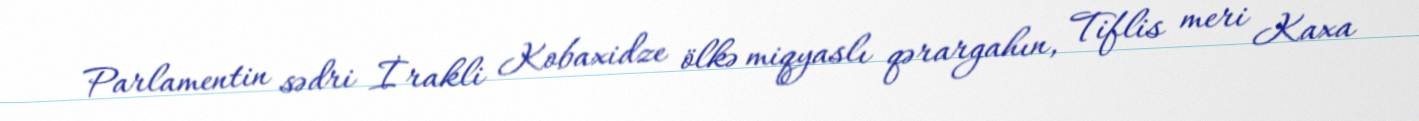
Parlamentin sədri İrakli Kobaxidze ölkə miqyaslı qərargahın, Tiflis meri Kaxa